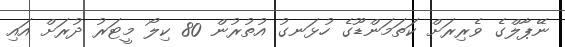
ނޭޕާލްގެ ވެރިރަށް ކަތަމަންޑޫގެ ހުޅަނގު އުތުރުން 80 ކިލޯ މީޓަރު ދުރަށް އައި